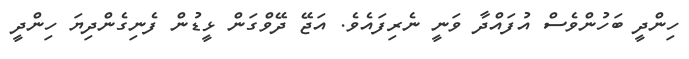
ހިންދީ ބަހުންވެސް އުފައްދާ ވަނީ ނެރިފައެވެ. އަޖޭ ދޭވްގަން ޅީޑުން ފެނިގެންދިޔަ ހިންދީ